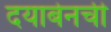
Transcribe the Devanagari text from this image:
दयाबेनची